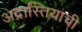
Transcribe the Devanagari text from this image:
अद्रास्तियाची